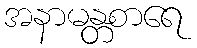
အနာမန္တစာရေ